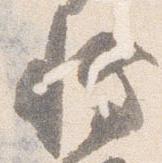
博